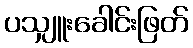
ပသျှူးခေါင်းဖြတ်